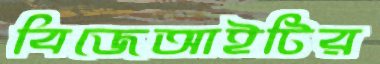
বিজেআইটির